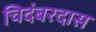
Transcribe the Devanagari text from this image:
चिदंबरदास